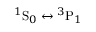
{ ^ 1 } \mathrm { S } _ { 0 } \leftrightarrow { } { ^ 3 } \mathrm { P } _ { 1 }